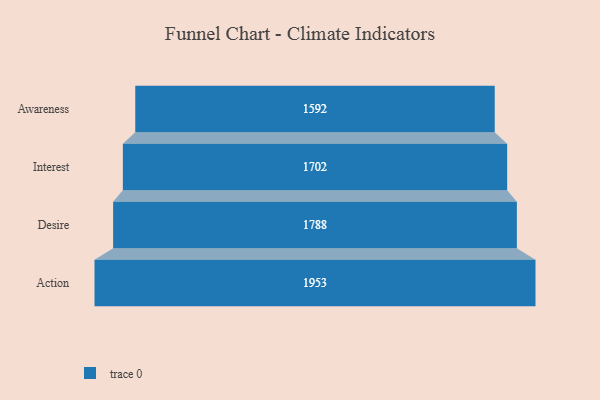
{"axis": {"x": "Stage", "y": "Value"}, "legend": [""], "data": [{"x": "Awareness", "y": 1592.0, "type": ""}, {"x": "Interest", "y": 1702.0, "type": ""}, {"x": "Desire", "y": 1788.0, "type": ""}, {"x": "Action", "y": 1953.0, "type": ""}]}